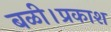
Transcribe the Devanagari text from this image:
बळी।प्रकाश